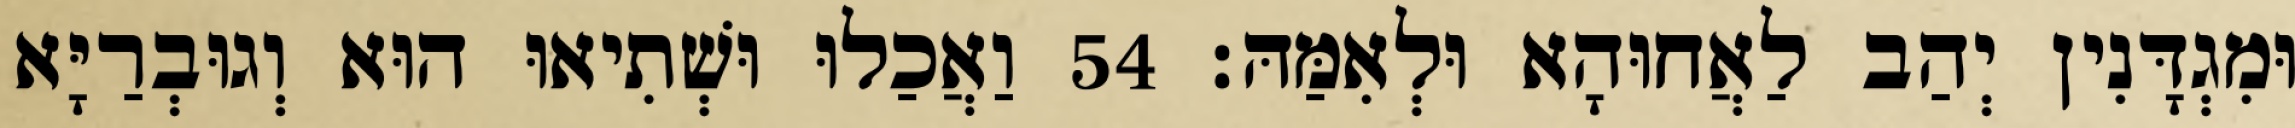
וּמִגְדָּנִין יְהַב לַאֲחוּהָא וּלְאִמַּהּ׃ 54 וַאֲכַלוּ וּשְׁתִיאוּ הוּא וְגוּבְרַיָּא